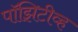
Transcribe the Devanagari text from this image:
पॉझिटीव्ह